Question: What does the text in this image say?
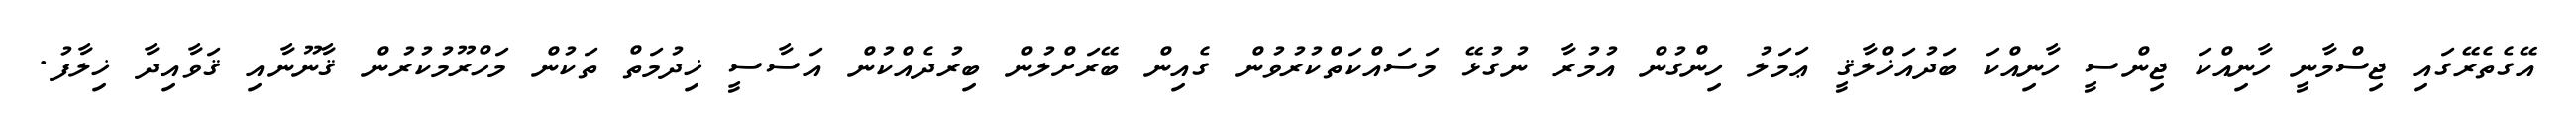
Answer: އޭގެތެރޭގައި ޖިސްމާނީ ހާނިއްކަ ޖިންސީ ހާނިއްކަ ބަދުއަޚްލާޤީ ޢަމަލު ހިންގުން އުމުރާ ނުގުޅޭ މަސައްކަތްކުރުވުން ގެއިން ބޭރަށްލުން ބިރުދެއްކުން އަސާސީ ޚިދުމަތް ތަކުން މަހްރޫމުކުރުން ޤާނޫނާއި ޤަވާއިދާ ޚިލާފު.